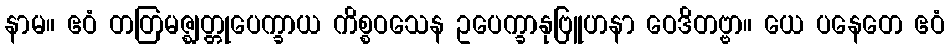
နာမ။ ဧဝံ တတြမဇ္ဈတ္တုပေက္ခာယ ကိစ္စဝသေန ဥပေက္ခာနုဗြူဟနာ ဝေဒိတဗ္ဗာ။ ယေ ပနေတေ ဧဝံ